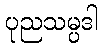
ပုညသမ္ပဒါ